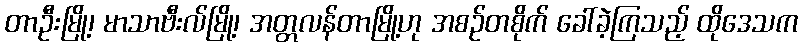
တာဦးမြို့၊ မာသာဗီးလ်မြို့၊ အတ္တလန်တာမြို့ဟု အစဉ်တစိုက် ခေါ်ခဲ့ကြသည့် ထိုဒေသက